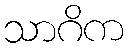
သာဂိက